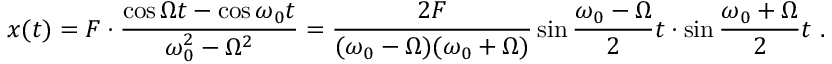
x ( t ) = F \cdot \frac { \cos \Omega t - \cos \omega _ { 0 } t } { \omega _ { 0 } ^ { 2 } - \Omega ^ { 2 } } = \frac { 2 F } { ( \omega _ { 0 } - \Omega ) ( \omega _ { 0 } + \Omega ) } \sin \frac { \omega _ { 0 } - \Omega } { 2 } t \cdot \sin \frac { \omega _ { 0 } + \Omega } { 2 } t \ .